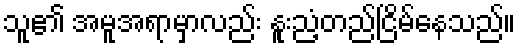
သူ၏ အမူအရာမှာလည်း နူးညံ့တည်ငြိမ်နေသည်။